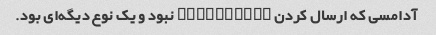
آدامسی که ارسال کردن Turbulance نبود و یک نوع دیگه‌ای بود.